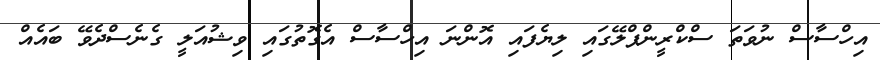
އިހްސާސް ނުވަތަ ސްކްރީންޕްލޭގައި ލިޔެފައި އޮންނަ އިހްސާސް އެގޮތުގައި ވިޝުއަލީ ގެނެސްދެވޭ ބައެއް